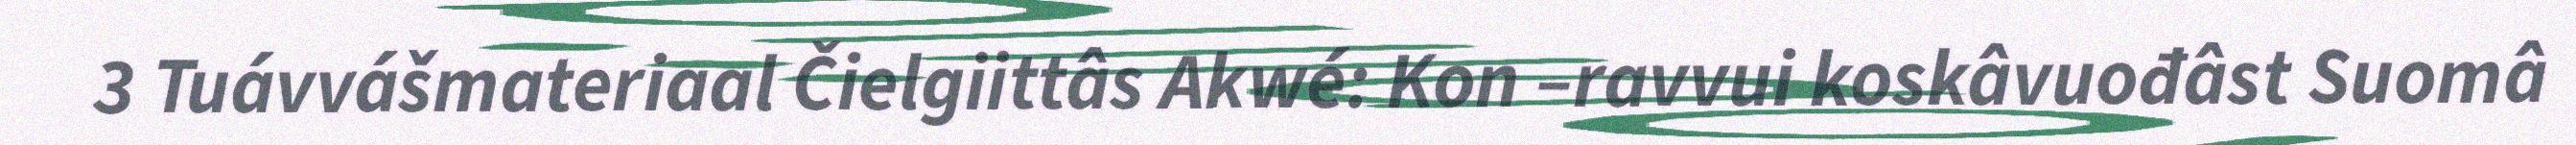
3 Tuávvášmateriaal Čielgiittâs Akwé: Kon –ravvui koskâvuođâst Suomâ